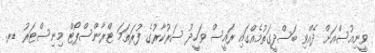
ވީނިއުސްއަށް ދެއްވި ބަސްދީގަތުމެއްގައި ރައީސް ވަހީދު ސަރުކާރުގެ ފުރަތަމަ ޓްރާންސްޕޯޓް މިނިސްޓަރު ޑރ.